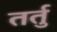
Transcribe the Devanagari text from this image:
तर्तु